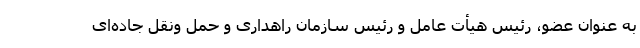
به عنوان عضو، رئیس هیأت عامل و رئیس سازمان راهداری و حمل ونقل جاده‌ای